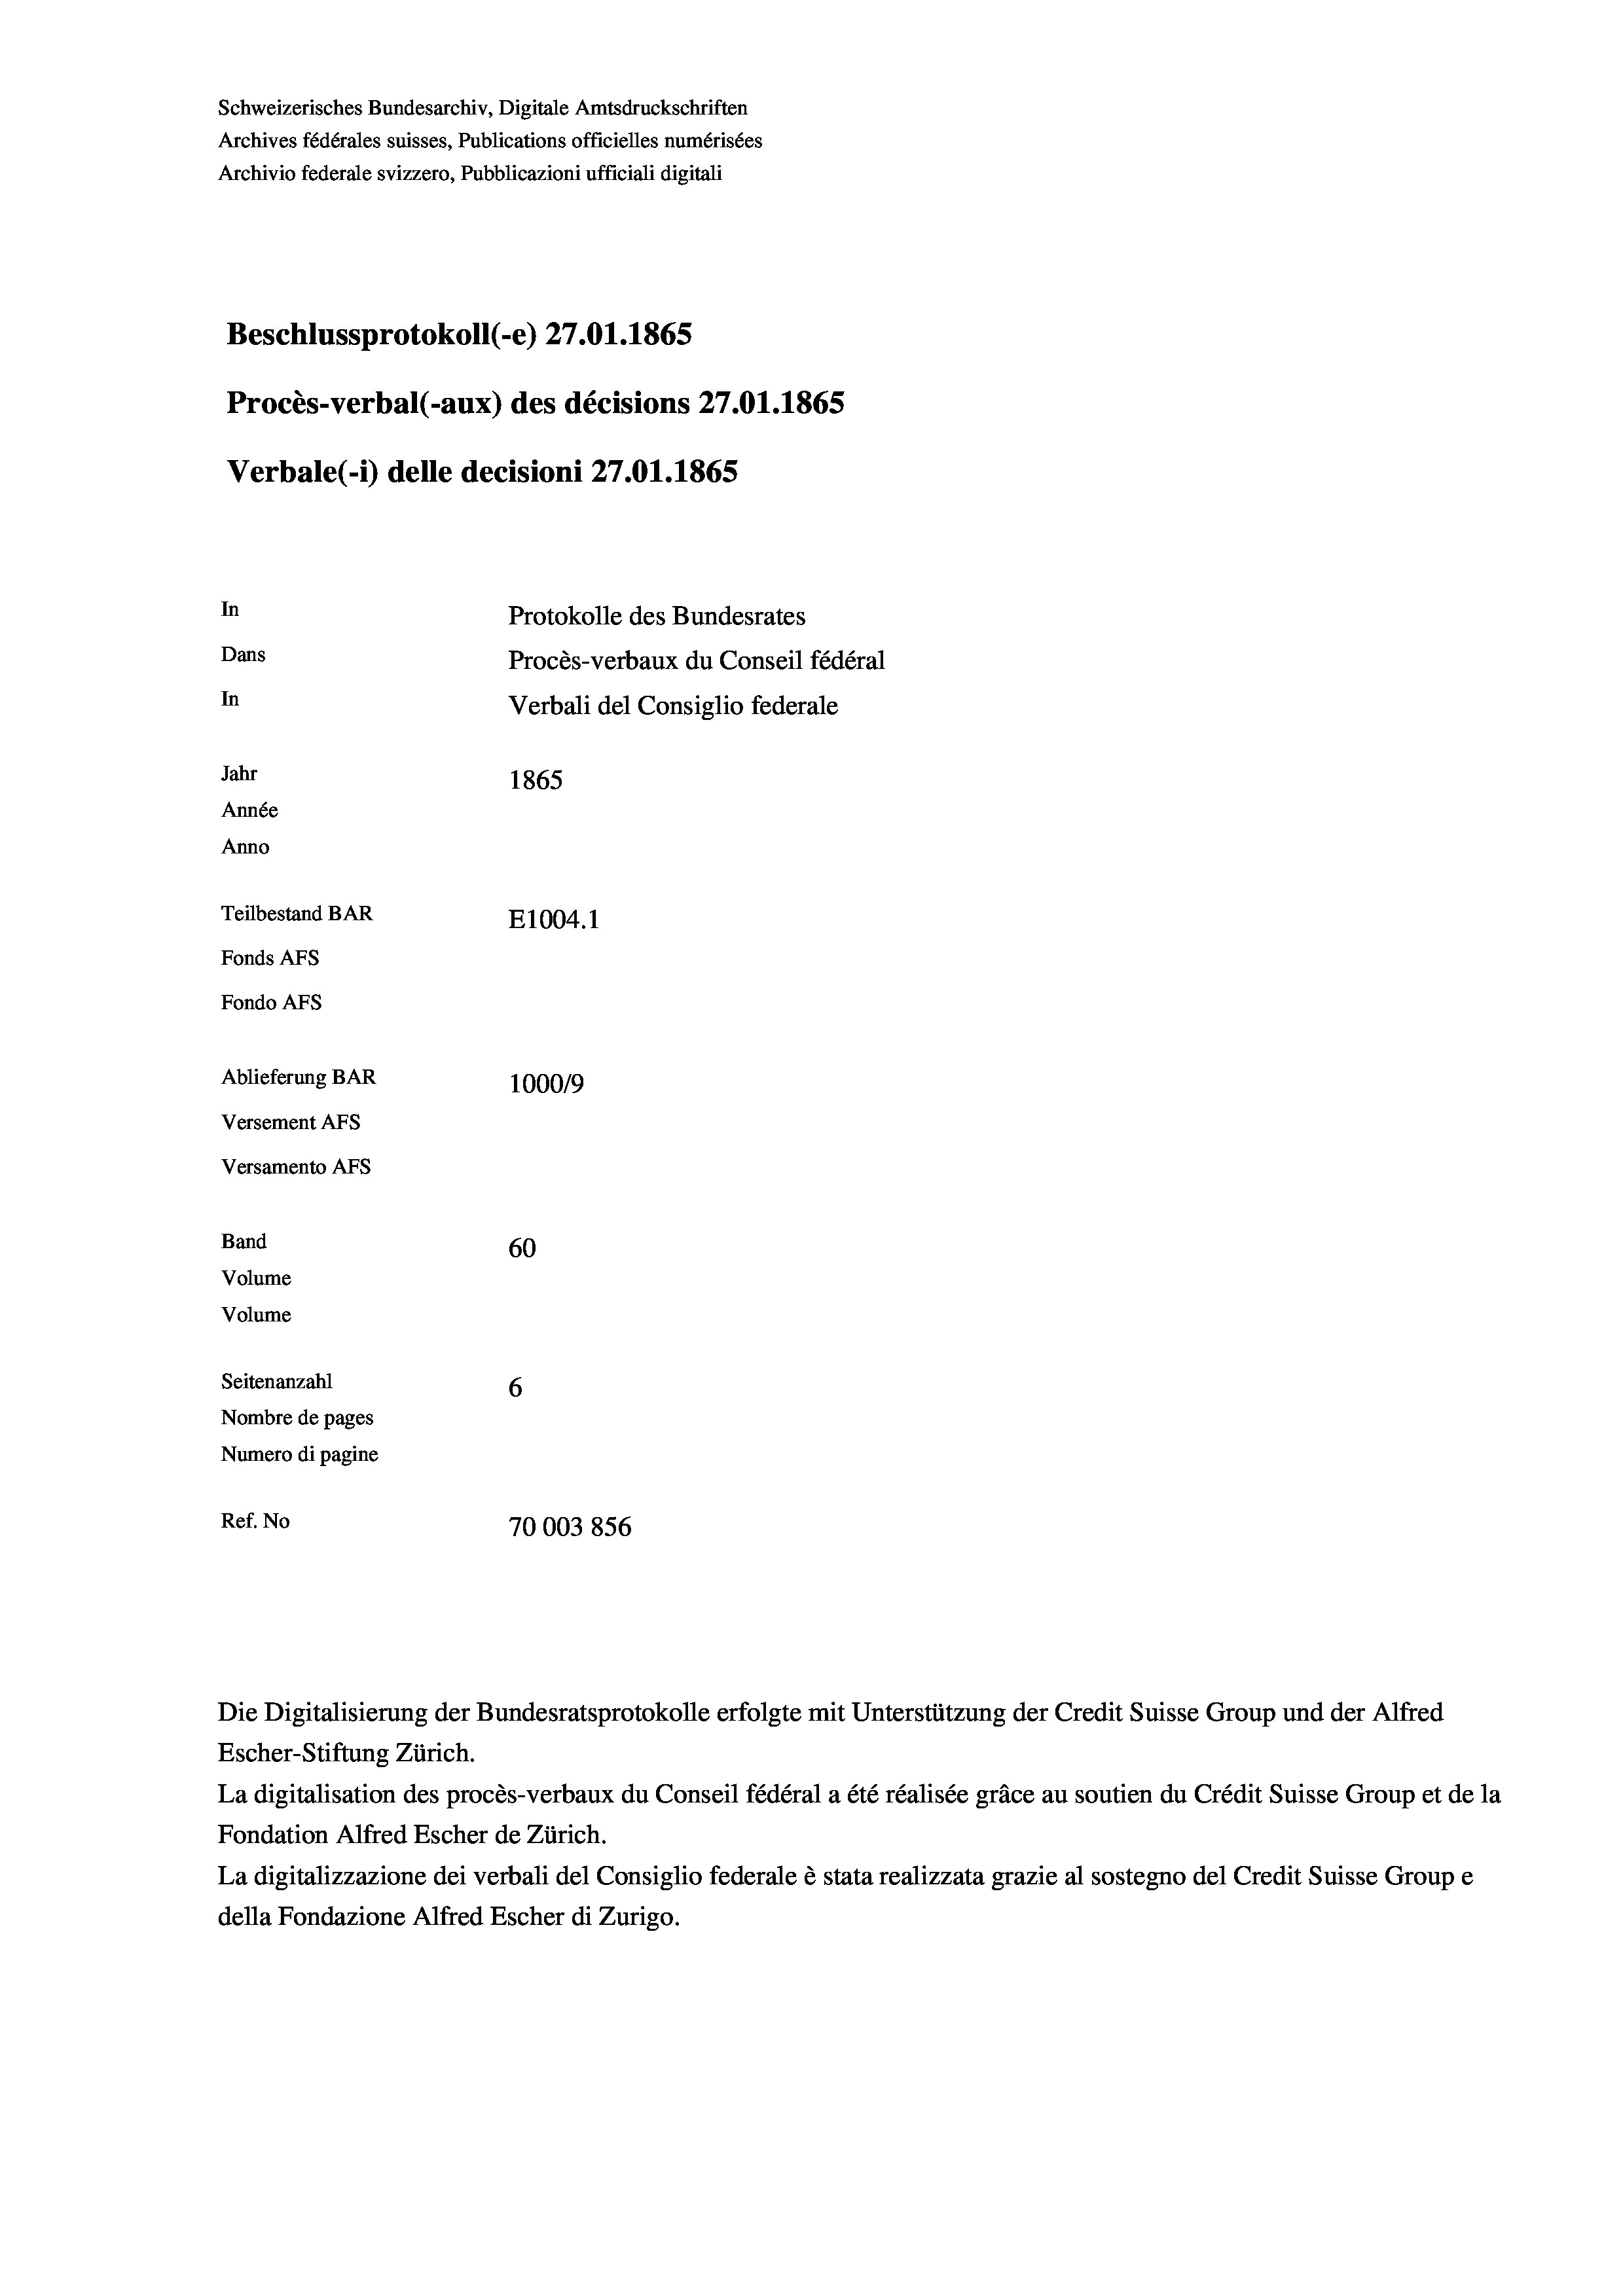
Schweizerisches Bundesarchiv, Digitale Amtsdruckschriften
Archives fédérales suisses, Publications officielles numérisées
Archivio federale svizzero, Pubblicazioni ufficiali digitali
Beschlussprotokoll (-e) 27.01. 1865
Procès-verbal (-aux) des décisions 27.01. 1865
Verbale (- 1) delle decisioni 27.01. 1865
In
Protokolle des Bundesrates
Dans
Procès-verbaux du Conseil fédéral
In
Verbali del Consiglio federale
Jahr
1865
Année
Anno
Teilbestand BAR
E1004. 1
Fonds Afs
Fondo AFS

Ablieferung BAR
Versement Abs
Versamento Afs
Band
60
Volume
Volume
Seitenanzahl
6

100019
Nombre de pages
Numero di pagine
Ref. No
70003856

Escher-Stiftung Zürich.
La digitalisation des procès-verbaux du Conseil fédéral a été réalisée gräce au soutien du Crédit Suisse Group et de la
Fondation Alfred Escher de Zürich.
La digitalizzazione dei verbali del Consiglio federale è stata realizzata grazie al sostegno del Credit Suisse Groupe
della Fondazione Alfred Escher di Zurigo.

Die Digitalisierung der Bundesratsprotokolle erfolgte mit Unterstützung der Credit Suisse Group und der Alfred